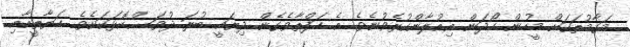
މަގާމުތަކަށް މީހުން ހޯދަން އިއުލާންކުރެވުނެވެ. އެ ހަފްތާވެގެން ދިޔައީ ބުރަ ދުވަސްކޮޅަކަށެވެ. ހަޔާތީއާއި